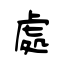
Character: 處